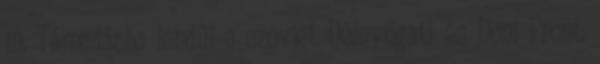
19. Támadásba lendül a szovjet Délnyugati és Doni Front.